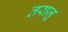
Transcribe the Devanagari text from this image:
तराज़ू़